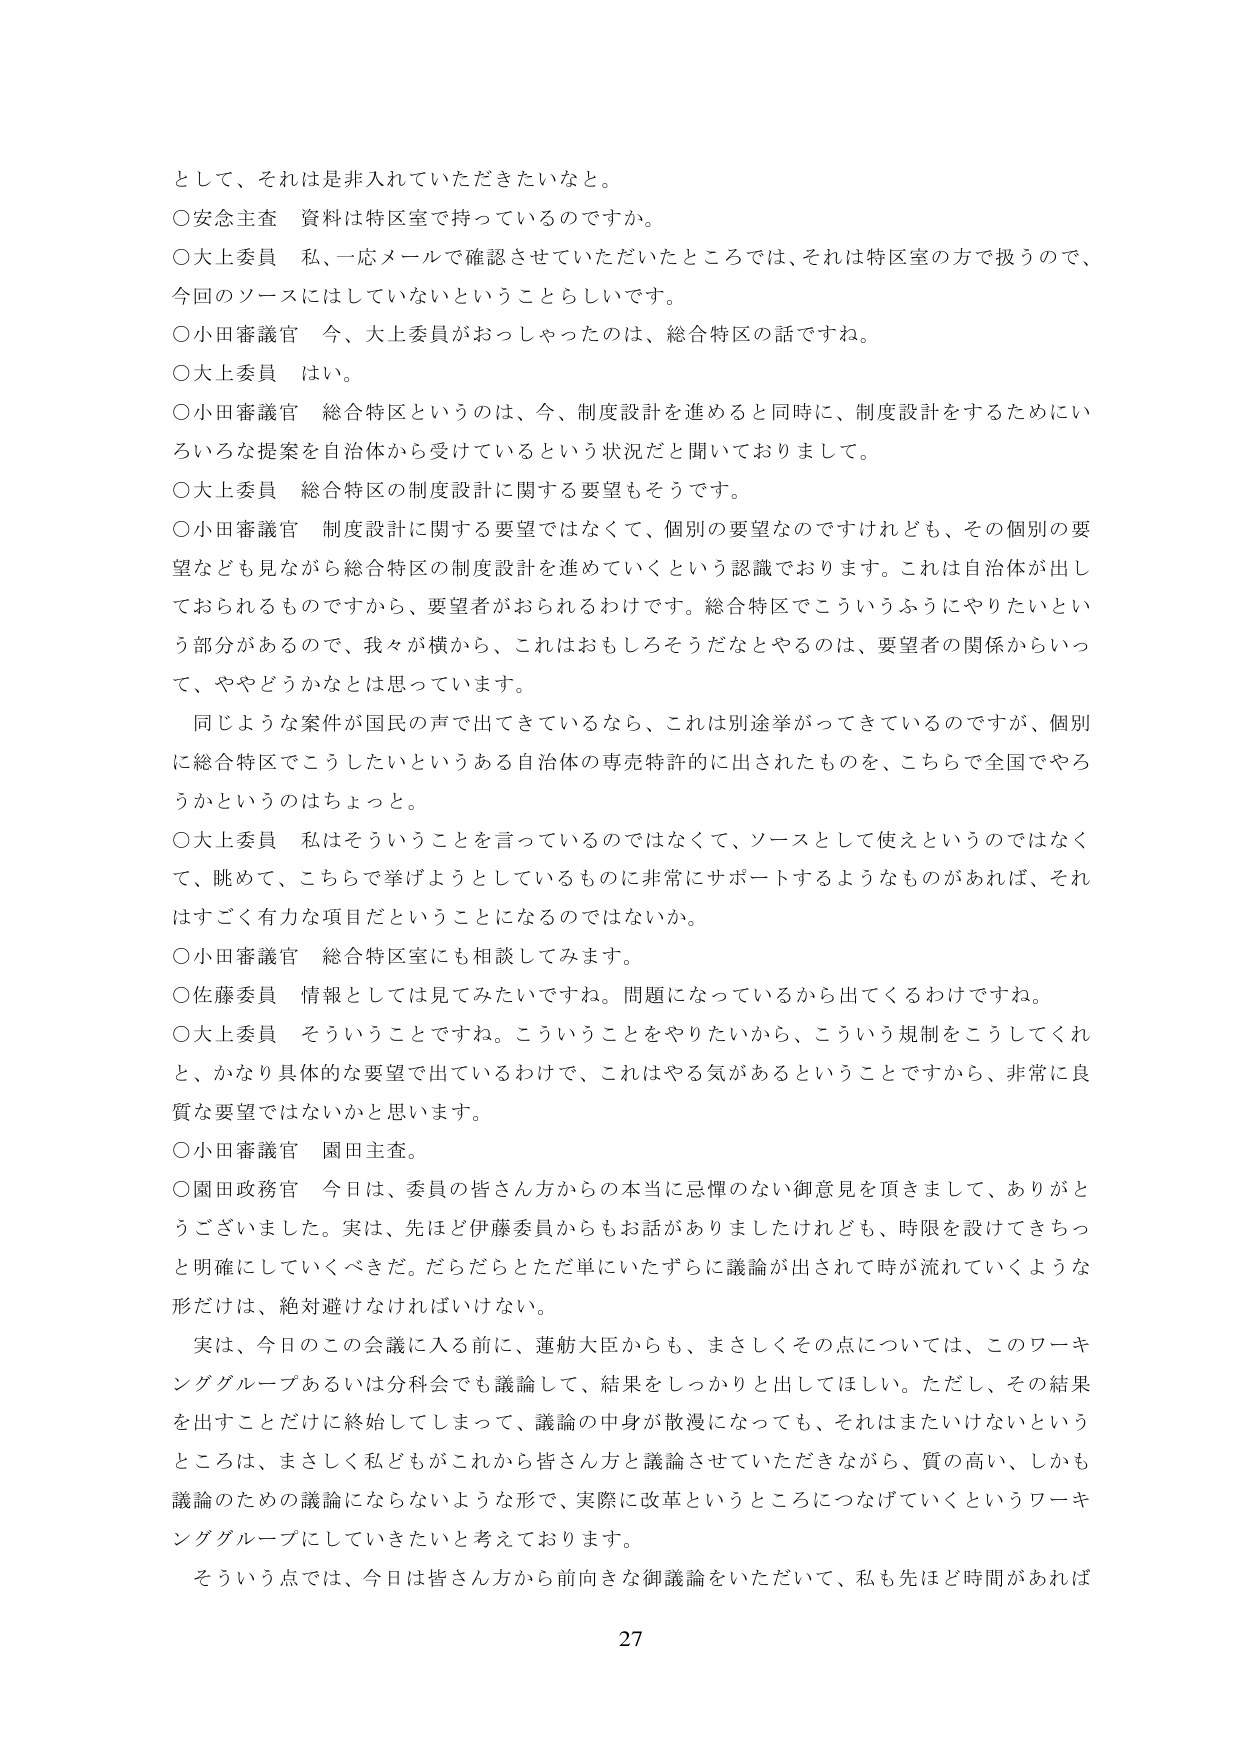
として、それは是非入れていただきたいなと。

○安念主査　資料は特区室で持っているのですか。

○大上委員　私、一応メールで確認させていただいたところでは、それは特区室の方で扱うので、今回のソースにはしていないということらしいです。

○小田審議官　今、大上委員がおっしゃったのは、総合特区の話ですね。

○大上委員　はい。

○小田審議官　総合特区というのは、今、制度設計を進めると同時に、制度設計をするためにいろいろな提案を自治体から受けているという状況だと聞いております。

○大上委員　総合特区の制度設計に関する要望もそうです。

○小田審議官　制度設計に関する要望ではなくて、個別の要望なのですが、その個別の要望なども見ながら総合特区の制度設計を進めていくという認識でおります。これは自治体が出しておられるものですから、要望者がおられるわけです。総合特区でこういうふうにやりたいという部分があるので、我々が横から、これはおもしろそうだなとやるのは、要望者の関係からいって、ややどうかなとは思っています。

　同じような案件が国民の声で出てきているなら、これは別途挙がってきているのですが、個別に総合特区でこうしたいというある自治体の専売特許的に出されたものを、こちらで全国でやろうかというのはちょっと。

○大上委員　私はそういうことを言っているのではなくて、ソースとして使えというのではなくて、眺めて、こちらで挙げようとしているものに非常にサポートするようなものがあれば、それはすごく有力な項目だということになるのではないか。

○小田審議官　総合特区室にも相談してみます。

○佐藤委員　情報としては見てみたいですね。問題になっているから出てくるわけですね。

○大上委員　そういうことですね。こういうことをやりたいから、こういう規制をこうしてくれと、かなり具体的な要望で出ているわけで、これはやる気があるということですから、非常に良質な要望ではないかと思います。

○小田審議官　園田主査。

○園田政務官　今日は、委員の皆さん方からの本当に忌憚のない御意見を頂きまして、ありがとうございました。実は、先ほど伊藤委員からもお話がありましたけれども、時限を設けてきちっと明確にしていくべきだ。だらだらとただ単にいたずらに議論が出されて時間が流れていくような形だけは、絶対避けなければいけない。

　実は、今日のこの会議に入る前に、蓮舫大臣からも、まさしくその点については、このワーキンググループあるいは分科会でも議論して、結果をしっかりと出してほしい。ただし、その結果を出すことだけに終始してしまって、議論の中身が散漫になっても、それはまたいけないというところは、まさしく私どもがこれから皆さん方と議論させていただきながら、質の高い、しかも議論のための議論にならないような形で、実際に改革というところにつなげていくというワーキンググループにしていきたいと考えております。

　そういう点では、今日は皆さん方から前向きな御議論をいただいて、私も先ほど時間があれば

27